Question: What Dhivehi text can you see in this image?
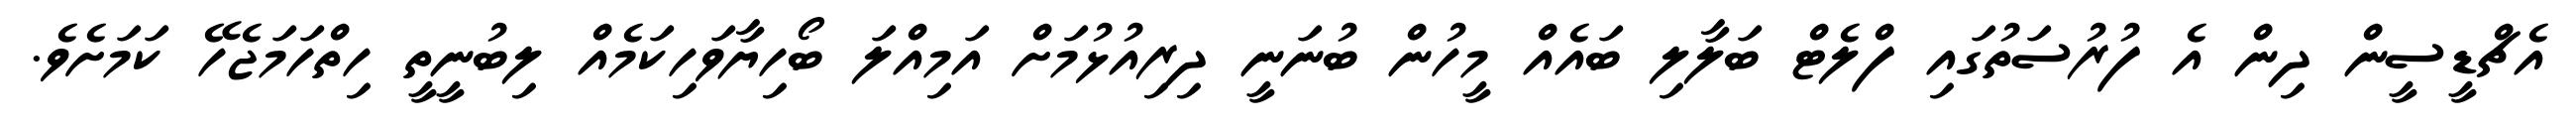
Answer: އެޗްޑީސީން ދިން އެ ފުރުސަތުގައި ފްލެޓް ބަލާލި ބައެއް މީހުން ބުނަނީ ދިރިއުޅުމަށް އަމިއްލަ ބޯހިޔާވަހިކަމެއް ލިބުނީތީ ހިތްހަމަޖެހޭ ކަމަށެވެ.